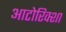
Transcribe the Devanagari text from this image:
आटोरिक्शा